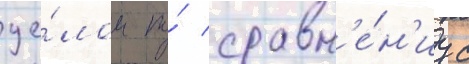
це́лом по́ сравн'е́н'иу с